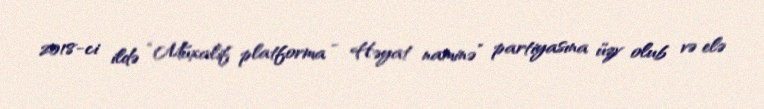
2018-ci ildə “Müxalif platforma - Həyat naminə” partiyasına üzv olub və elə